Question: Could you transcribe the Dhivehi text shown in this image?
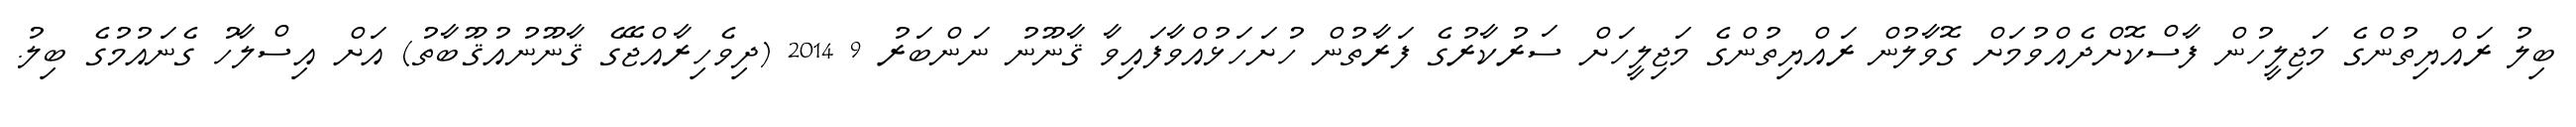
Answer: ބިލު ރައްޔިތުންގެ މަޖިލީހުން ފާސްކޮށްދެއްވުމަށް ގޮވާލުން ރައްޔިތުންގެ މަޖިލީހަށް ސަރުކާރުގެ ފަރާތުން ހުށަހަޅުއްވާފައިވާ ޤާނޫނު ނަންބަރު 9 2014 (ދިވެހިރާއްޖޭގެ ޤާނޫނުއުޤޫބާތު) އަށް އިސްލާހު ގެނައުމުގެ ބިލު.